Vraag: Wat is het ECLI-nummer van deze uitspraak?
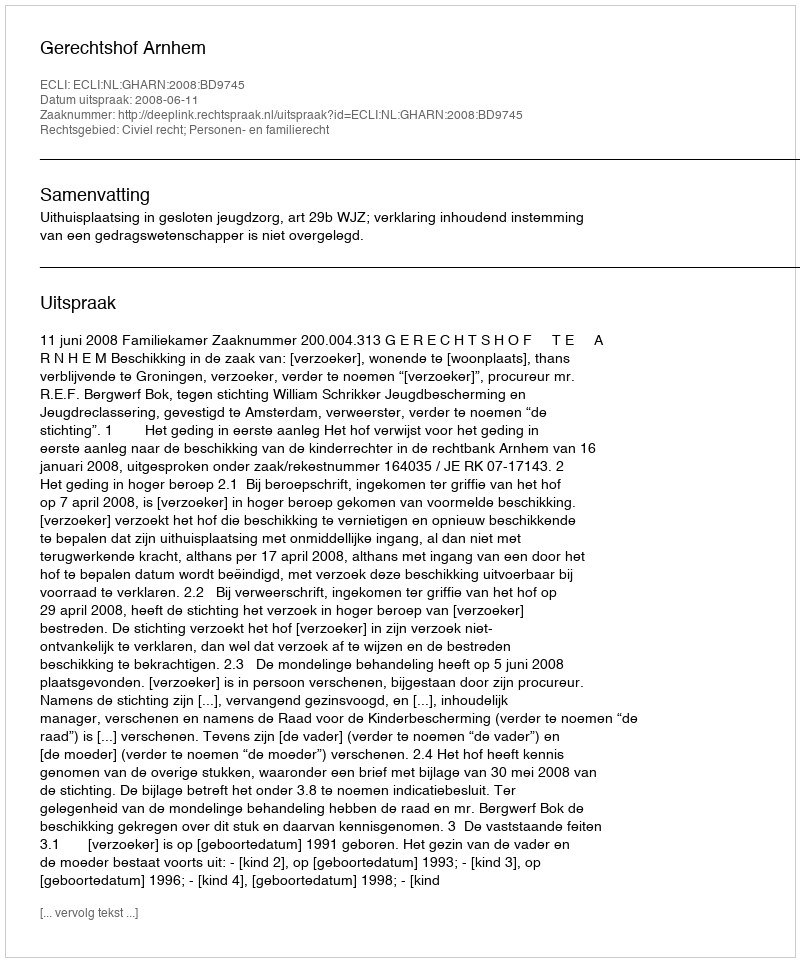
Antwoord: ECLI:NL:GHARN:2008:BD9745